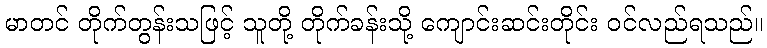
မာတင် တိုက်တွန်းသဖြင့် သူတို့ တိုက်ခန်းသို့ ကျောင်းဆင်းတိုင်း ဝင်လည်ရသည်။